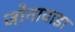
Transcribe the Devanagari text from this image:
जोनावाडा